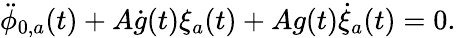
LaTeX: \ddot{\phi}_{0,a}(t)+A\dot{g}(t)\xi_{a}(t)+Ag(t)\dot{\xi}_{a}(t)=0.